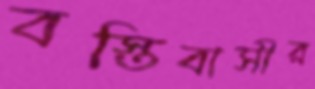
বস্তিবাসীর